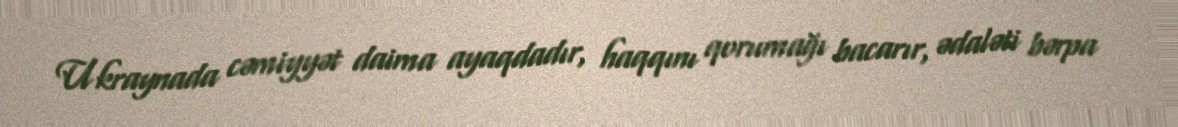
Ukraynada cəmiyyət daima ayaqdadır, haqqını qorumağı bacarır, ədaləti bərpa